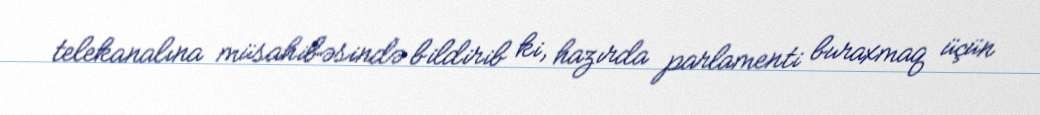
telekanalına müsahibəsində bildirib ki, hazırda parlamenti buraxmaq üçün